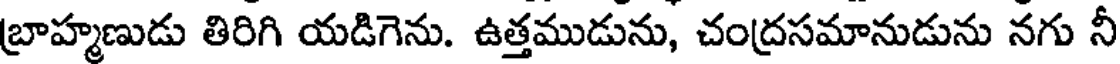
బ్రాహ్మణుడు తిరిగి యడిగెను. ఉత్తముడును, చంద్రసమానుడును నగు నీ